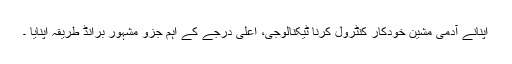
اپنانے آدمی مشین خودکار کنٹرول کرنا ٹیکنالوجی، اعلی درجے کے اہم جزو مشہور برانڈ طریقہ اپنایا ۔